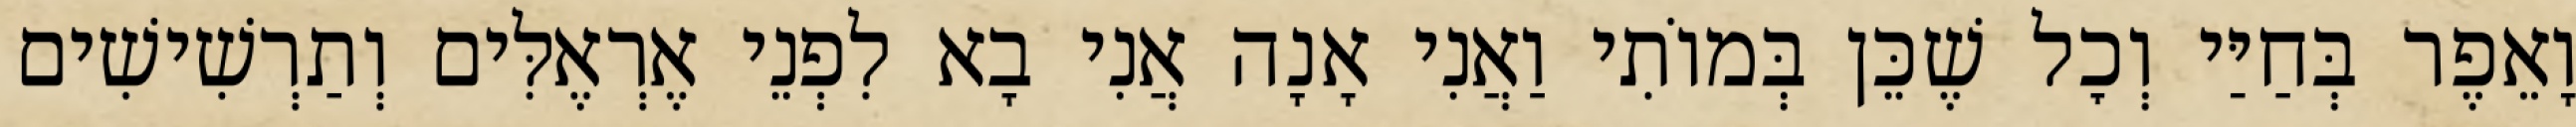
וָאֵפֶר בְּחַיַּי וְכׇל שֶׁכֵּן בְּמוֹתִי וַאֲנִי אָנָה אֲנִי בָא לִפְנֵי אֶרְאֶלִּים וְתַרְשִׁישִׁים